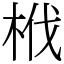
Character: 栰